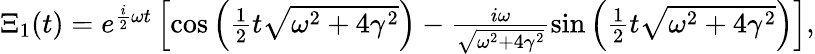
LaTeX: \begin{array}{r}{\Xi_{1}(t)=e^{\frac{i}{2}\omega t}\left[\cos\left(\frac{1}{2}t\sqrt{\omega^{2}+4\gamma^{2}}\right)-\frac{i\omega}{\sqrt{\omega^{2}+4\gamma^{2}}}\sin\left(\frac{1}{2}t\sqrt{\omega^{2}+4\gamma^{2}}\right)\right],}\end{array}